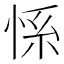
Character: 𱞚